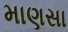
માણસા